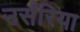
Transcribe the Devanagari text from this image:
उर्सरिया